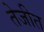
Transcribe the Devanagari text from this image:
तेजीत